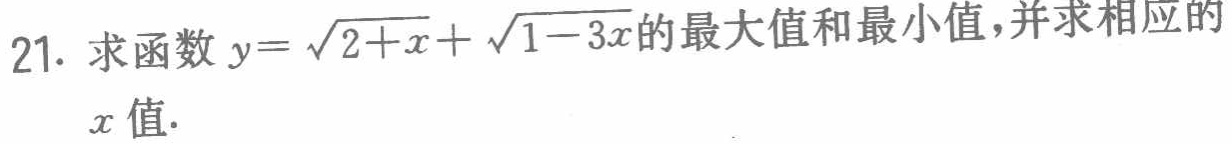
21. 求函数\(y = \sqrt{2 + x}+\sqrt{1 - 3x}\)的最大值和最小值，并求相应的\(x\)值.